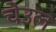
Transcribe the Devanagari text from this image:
चेउल